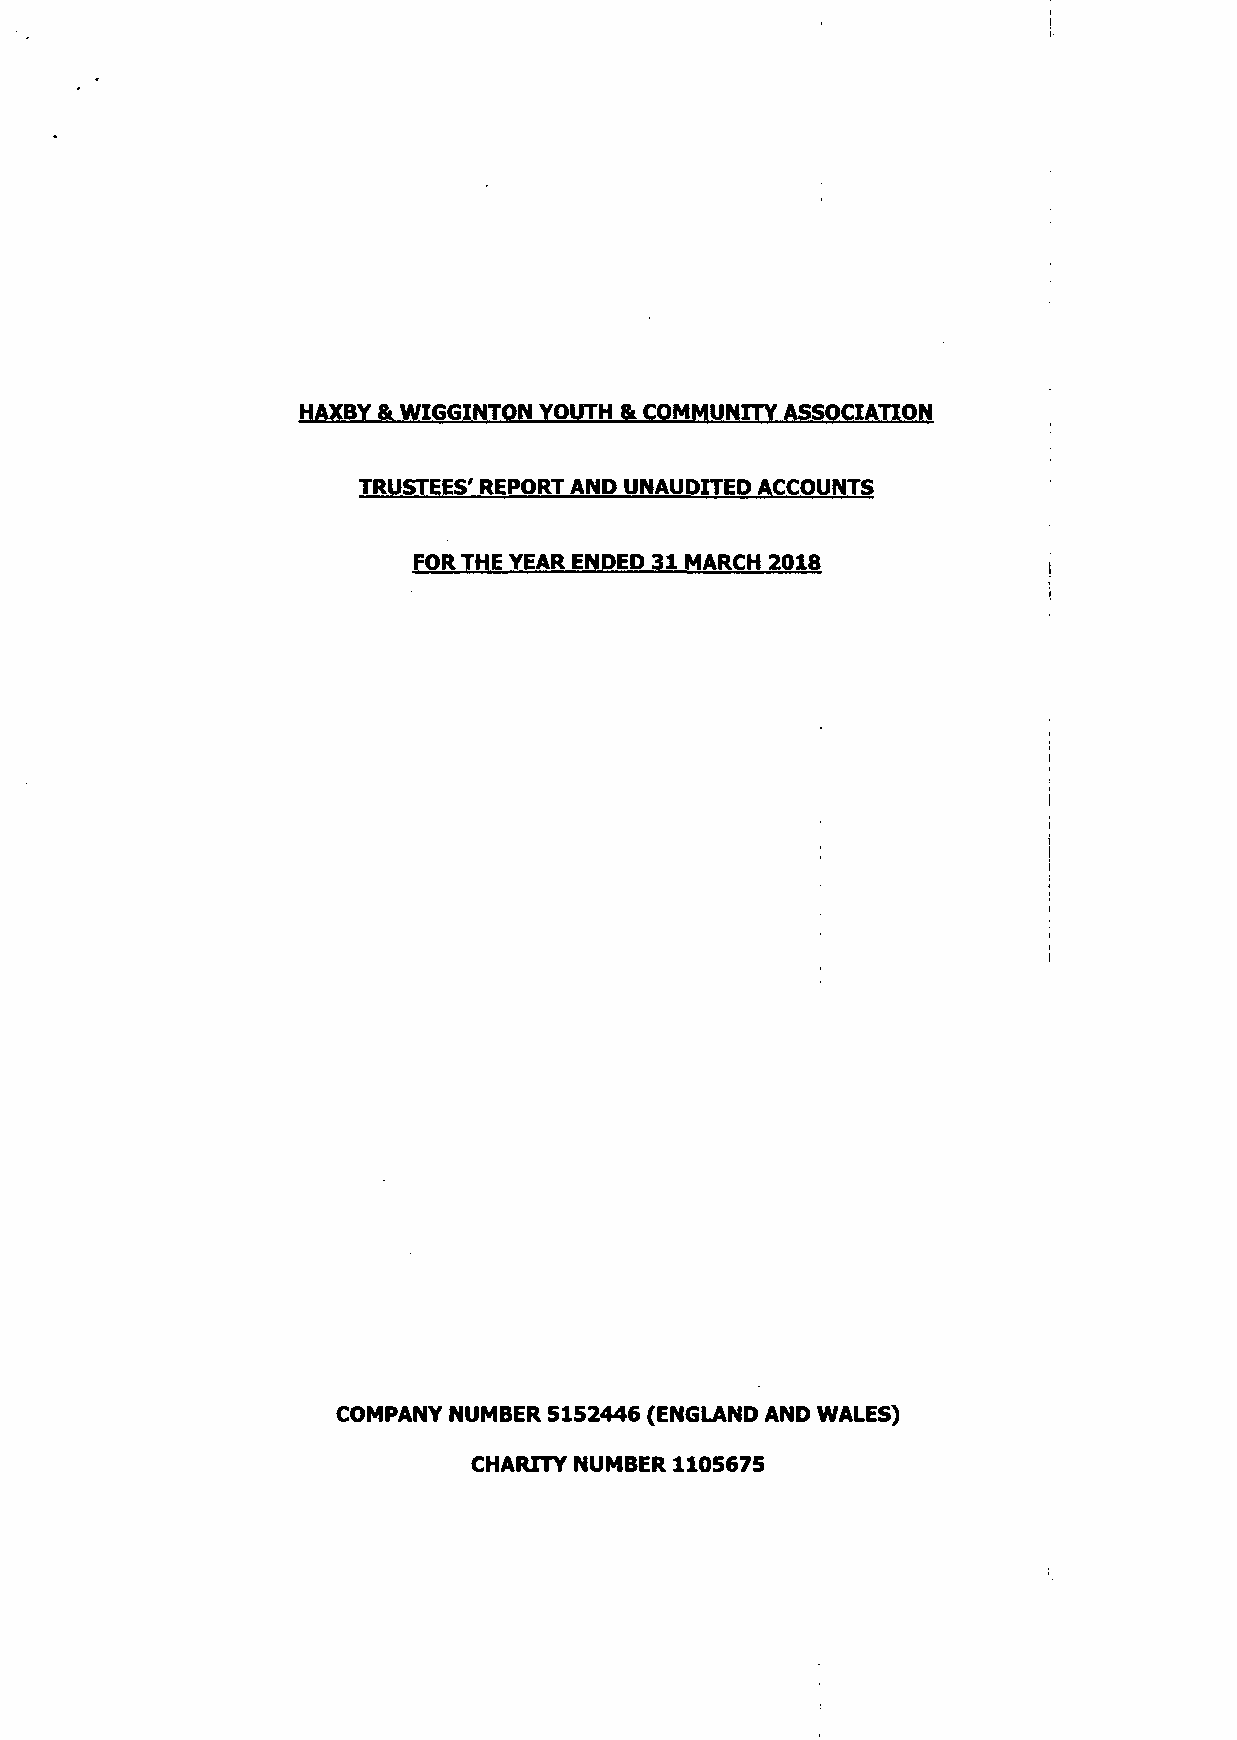
HAXBY & WIGGINTON YOUTH & COMMUNITY ASSOCIATION
 TRUSTEES' REPORT ANP UNAUDITED ACCOUNTS
 FOR THE YEAR ENDED 31 MARCH 2018
 COMPANY NUMBER 5152446 (ENGLAND AND WALES)
 CHARITY NUMBER 1105675